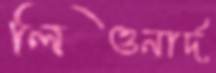
লিওনার্দ